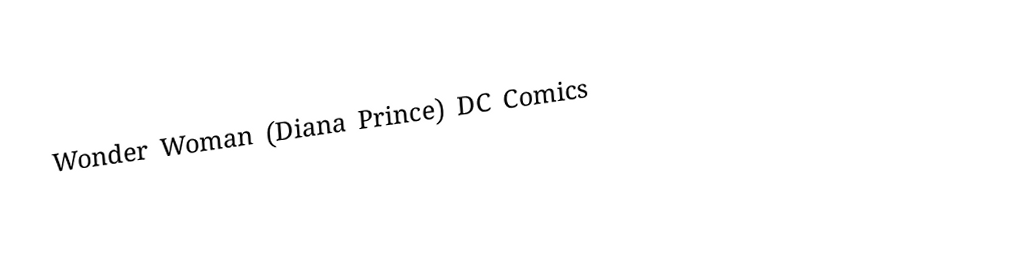
Wonder Woman (Diana Prince) DC Comics